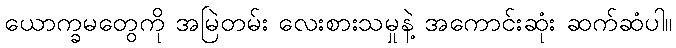
ယောက္ခမတွေကို အမြဲတမ်း လေးစားသမှုနဲ့ အကောင်းဆုံး ဆက်ဆံပါ။